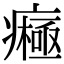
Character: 𤺷